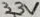
Text: 33V